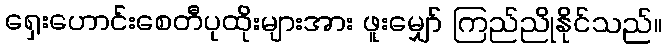
ရှေးဟောင်းစေတီပုထိုးများအား ဖူးမျှော် ကြည်ညိုနိုင်သည်။